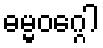
ဓမ္မဝဂ္ဂေါ